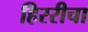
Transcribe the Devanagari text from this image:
हिररीचा